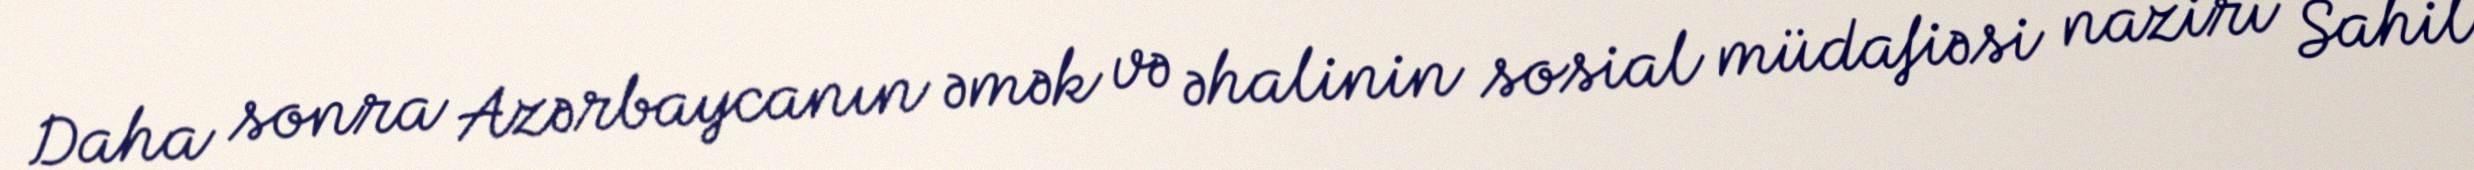
Daha sonra Azərbaycanın əmək və əhalinin sosial müdafiəsi naziri Sahil